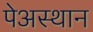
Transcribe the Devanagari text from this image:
पेअस्थान